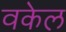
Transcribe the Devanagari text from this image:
वकेल